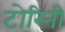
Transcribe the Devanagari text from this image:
टोरिनी